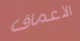
الأعماق